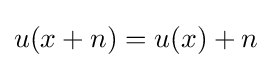
u(x+n)=u(x)+n